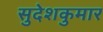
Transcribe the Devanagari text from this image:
सुदेशकुमार